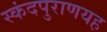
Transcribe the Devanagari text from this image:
स्कंदपुराणयह